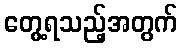
တွေ့ရသည့်အတွက်